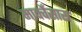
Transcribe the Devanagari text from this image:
मार्क्वेसास